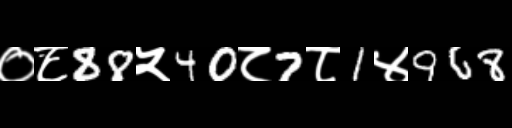
Text: ०८88५40८7८1४968